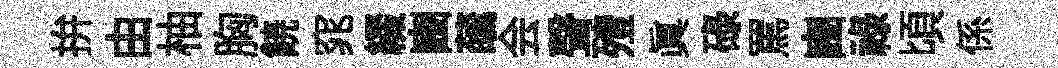
拚由柚胸𩜙窕綴豳蘤会聲殪真碌罵豳禄頃係